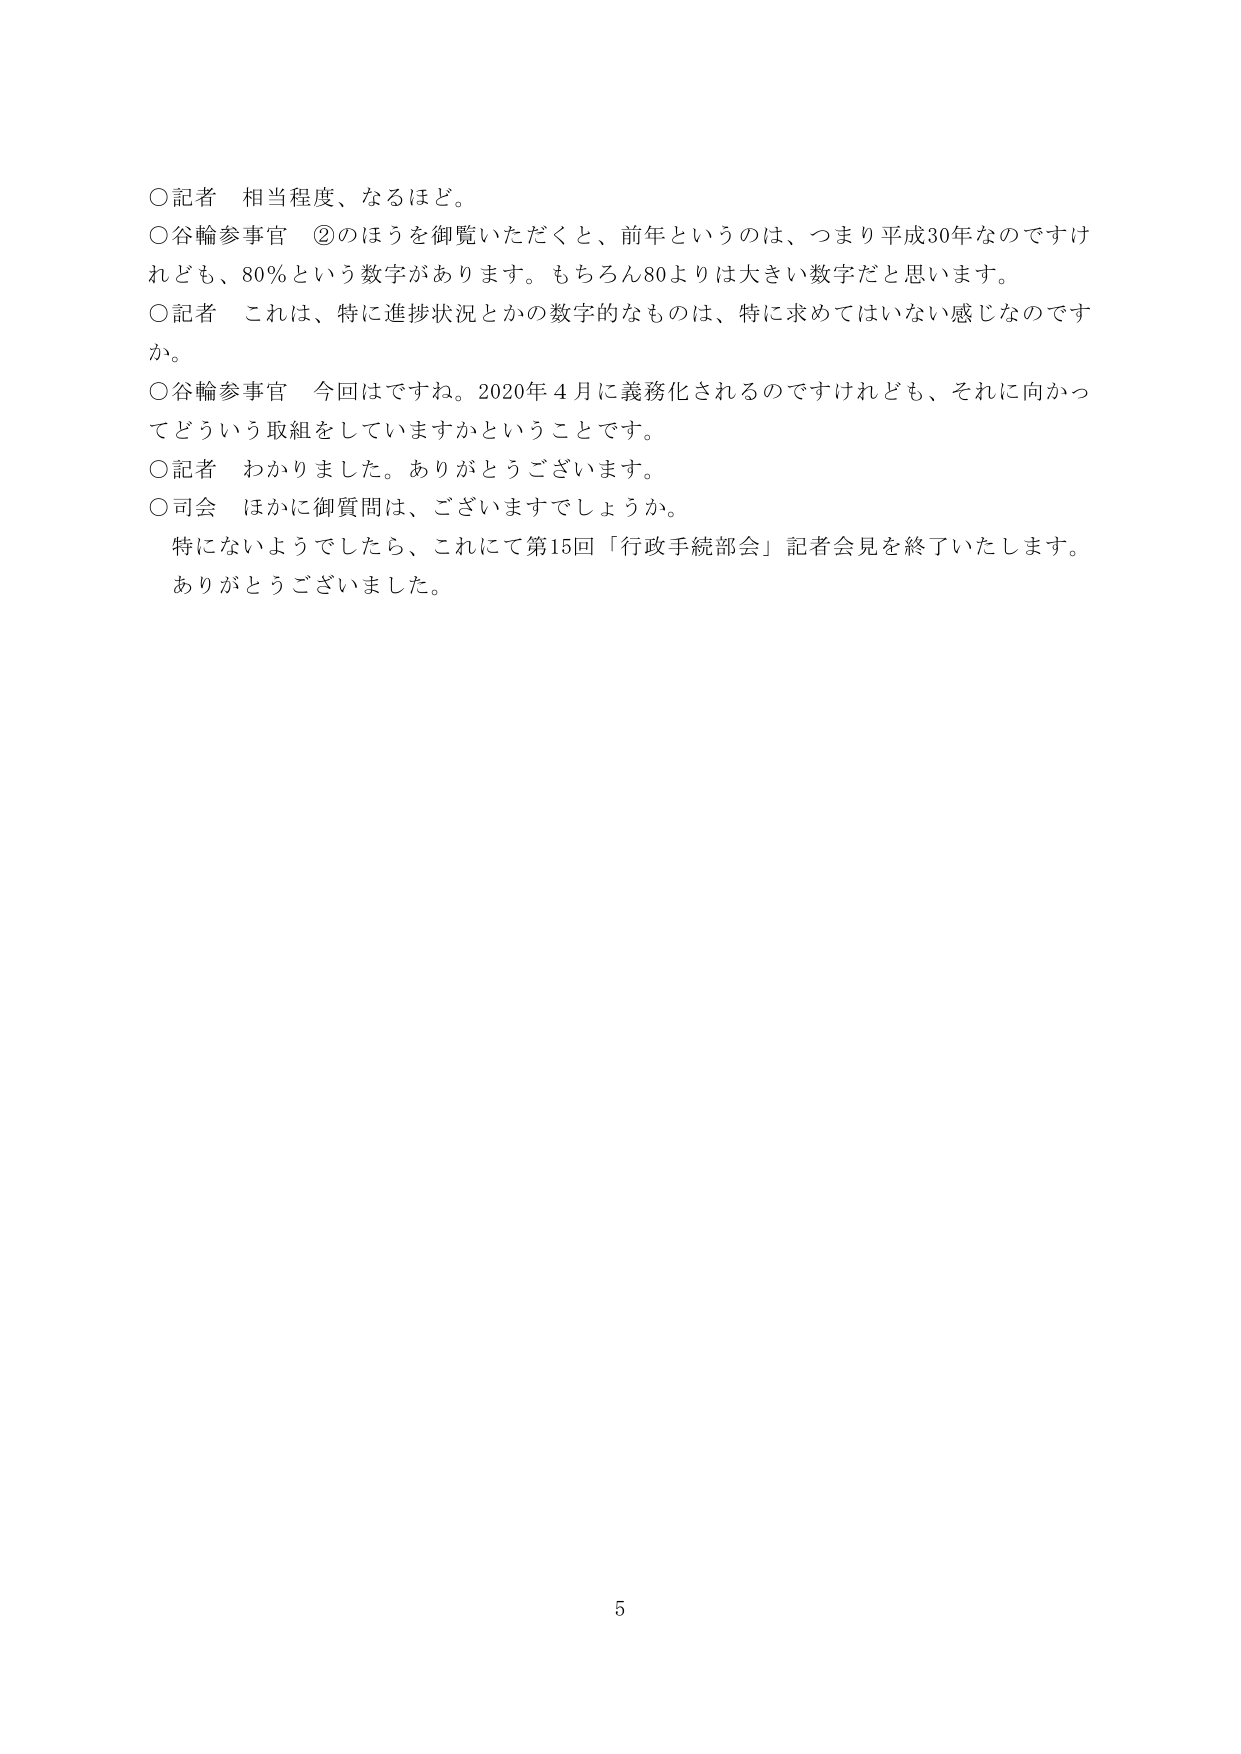
○記者　相当程度、なるほど。
○谷輪参事官　②のほうを御覧いただくと、前年というのは、つまり平成30年なのですが、80％という数字があります。もちろん80よりは大きい数字だと思います。
○記者　これは、特に進捗状況とかの数字的なものは、特に求めてはいない感じですか。
○谷輪参事官　今回はですね。2020年４月に義務化されるのですが、それに向かってどういう取組をしていますかということです。
○記者　わかりました。ありがとうございます。
○司会　ほかに御質問は、ございますでしょうか。
　　特にないようでしたら、これにて第15回「行政手続部会」記者会見を終了いたします。
　　ありがとうございました。
5